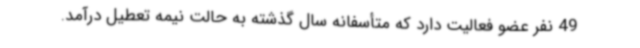
49 نفر عضو فعالیت دارد که متأسفانه سال گذشته به حالت نیمه تعطیل درآمد.